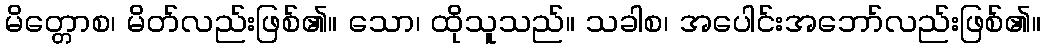
မိတ္တောစ၊ မိတ်လည်းဖြစ်၏။ သော၊ ထိုသူသည်။ သခါစ၊ အပေါင်းအဘော်လည်းဖြစ်၏။